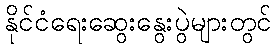
နိုင်ငံရေးဆွေးနွေးပွဲများတွင်